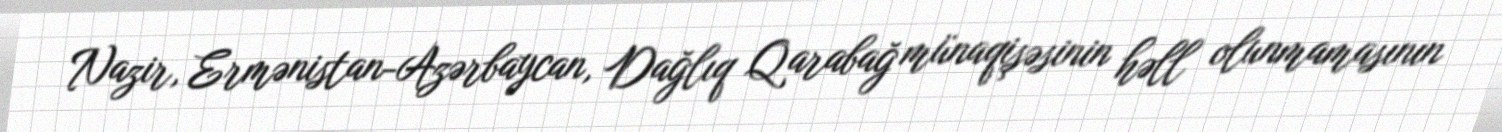
Nazir, Ermənistan-Azərbaycan, Dağlıq Qarabağ münaqişəsinin həll olunmamasının